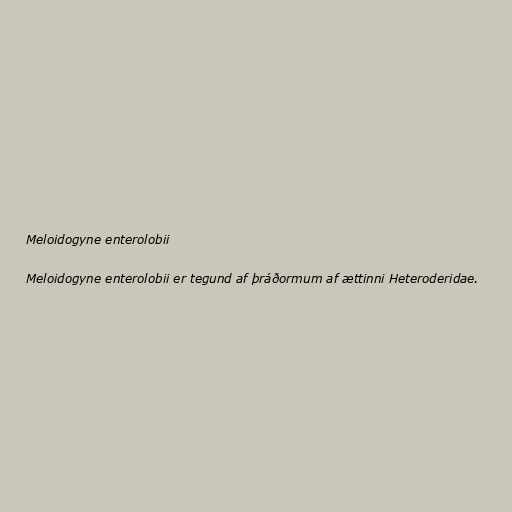
Meloidogyne enterolobii

Meloidogyne enterolobii er tegund af þráðormum af ættinni Heteroderidae.